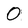
Character: 0